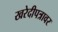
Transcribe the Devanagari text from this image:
खरेदीपत्रावर